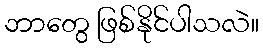
ဘာတွေ ဖြစ်နိုင်ပါသလဲ။